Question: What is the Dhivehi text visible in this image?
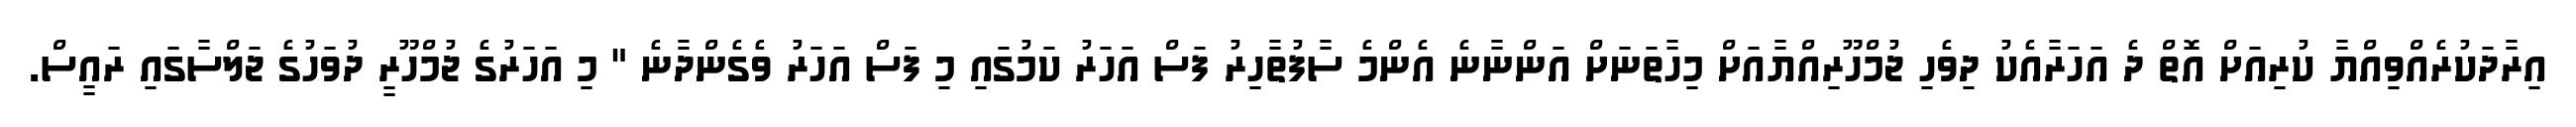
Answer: އިރާދަކުރެއްވިއްޔާ ކުރިއަށް އޮތް ދެ އަހަރާއެކު ދިވެހި ޖުމްހޫރިއްޔާއަށް މިހާތަނަށް އަންނާނެ އެންމެ ސާފުތާހިރު ފަސް އަހަރު ކަމުގައި މި ފަސް އަހަރު ވެގެންދާނެ " މި އަހަރުގެ ޖުމްހޫރީ ދުވަހުގެ ޖަލްސާގައި ރައީސް.